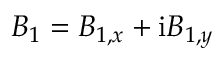
B _ { 1 } = B _ { 1 , x } + \mathrm { i } B _ { 1 , y }